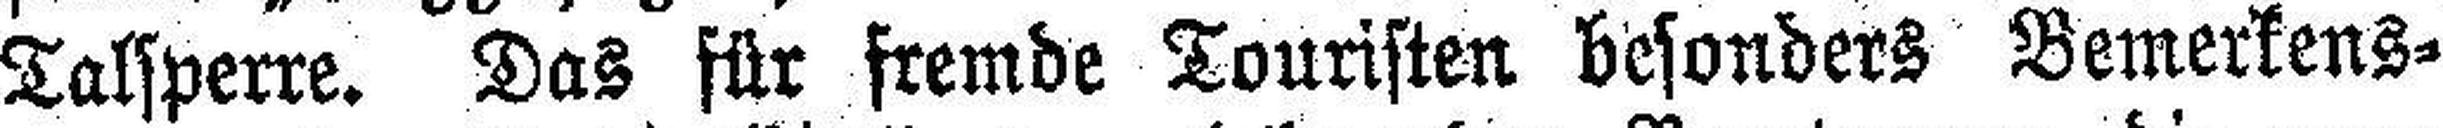
Talsperre. Das für fremde Touristen besonders Bemerkens¬